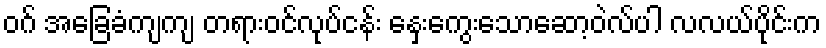
ဝဂ် အခြေခံကျကျ တရားဝင်လုပ်ငန်း နှေးကွေးသောဆော့ဝဲလ်ပါ လလယ်ပိုင်းက